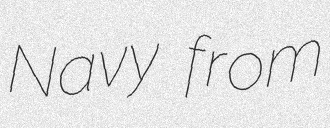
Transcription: Navy from